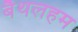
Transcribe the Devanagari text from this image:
बैथलहम